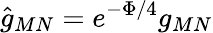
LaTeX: \hat{g}_{MN}=e^{-\Phi/4}g_{MN}